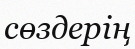
сөздерің